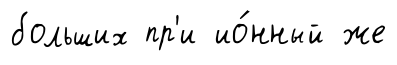
больших пр'и ио́нный же